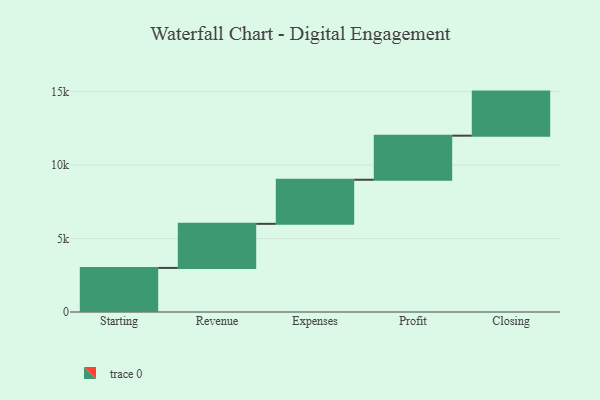
{"axis": {"x": "Step", "y": "Value"}, "legend": [""], "data": [{"x": "Starting", "y": 3000, "type": ""}, {"x": "Revenue", "y": 3000, "type": ""}, {"x": "Expenses", "y": 3000, "type": ""}, {"x": "Profit", "y": 3000, "type": ""}, {"x": "Closing", "y": 3000, "type": ""}]}